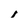
Character: i